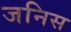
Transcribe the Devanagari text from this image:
जनिस